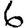
Digit: 6